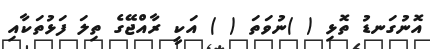
އޮނުގަނޑު ތޮޅި ( )ނުވަތަ ( ) އަކީ ރާއްޖޭގެ ތިލަ ފަޅުތަކާއި